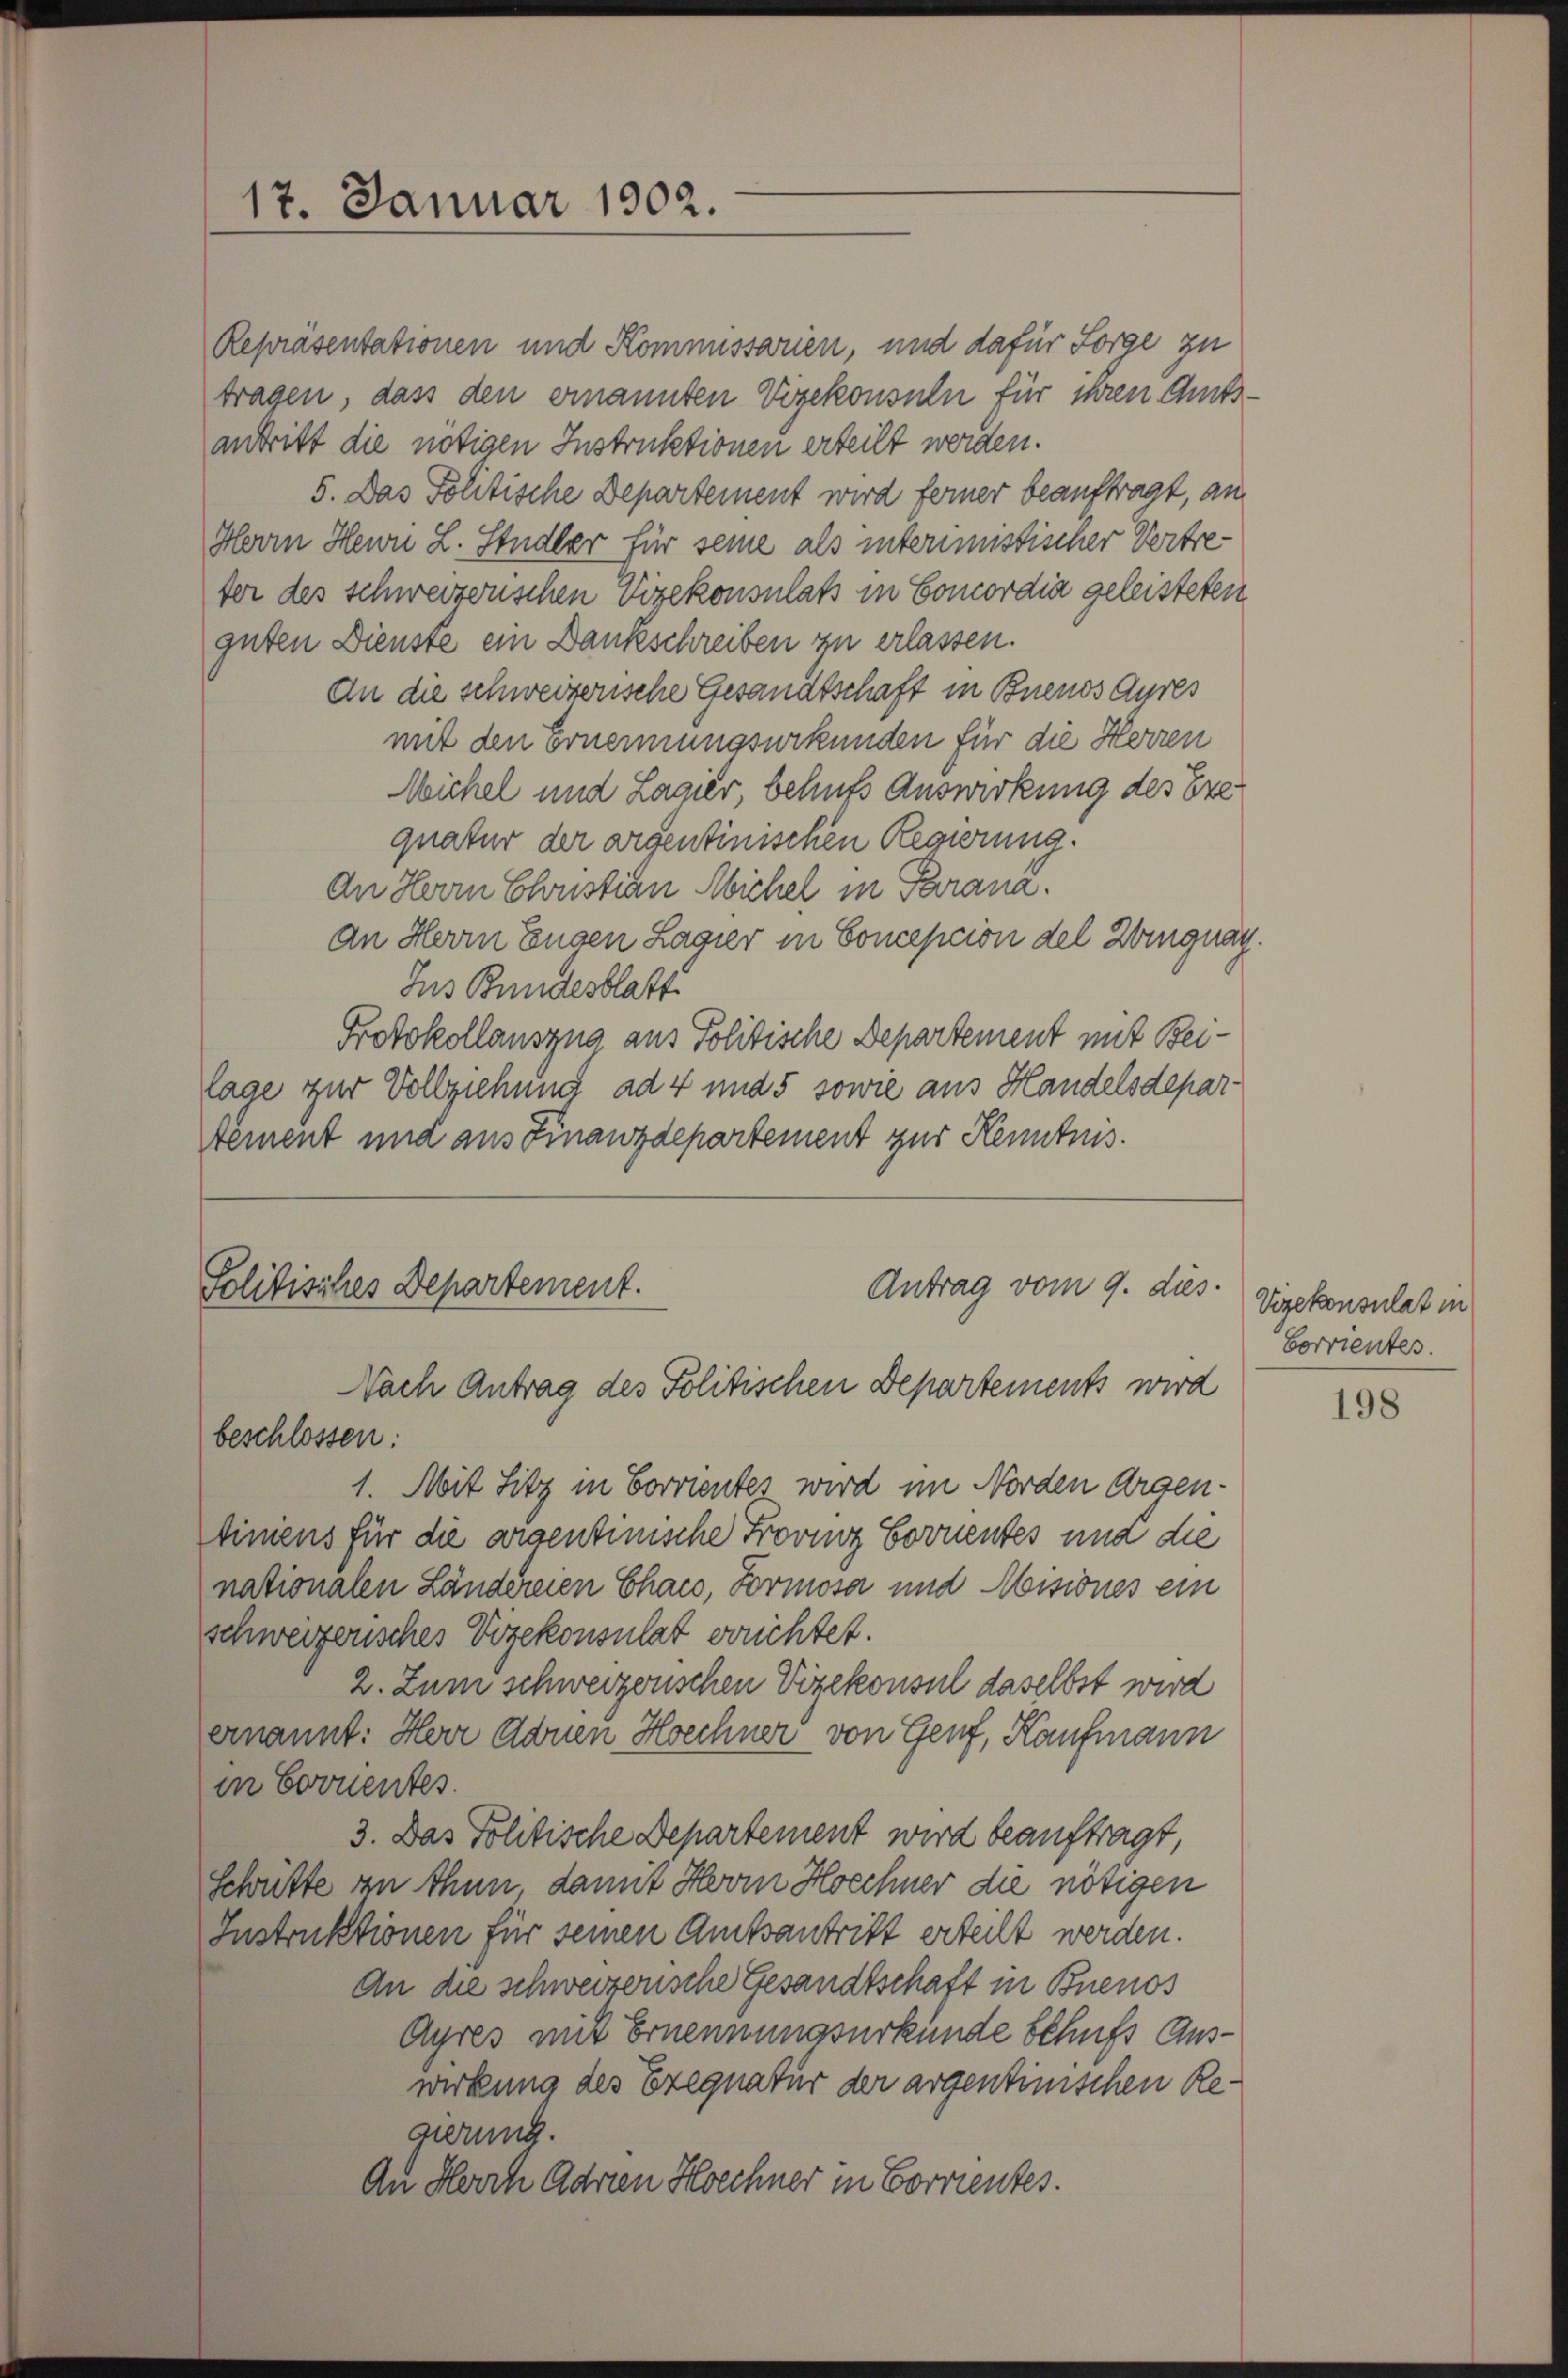
Repräsentationen und Kommissarien, und dafür Sorge zu
tragen, dass den ernannten Vizekonsuln für ihren Amtsantritt die nötigen Instruktionen erteilt werden.
5. Das Politische Departement wird ferner beauftragt, an
Herrn Hein L. Studler für seine als interimistischer Vertreter des schweizerischen Vizekonsulat in Concordia geleisteten
guten Dienste ein Dankschreiben zu erlassen.
An die schweizerische Gesandtschaft in Buenos Ayres
mit den Ernennungsurkunden für die Herren
Wichel und Lager, behufs Auswirkung des Exequatur der argentinischen Regierung.
An Herrn Christian Michel in Parana.
an Herrn Eugen Lager in Conception del Winguay
Jus Bundesblatt
Protokollauszug aus Politische Departement mit Beilage zur Vollziehung ad 4 und 5 sowie aus Handelsdepar-
tement und aus Finanzdepartement zur Kenntnis.

17. Januar 1902.

Antrag vom 9. dies
Politisches Departement.
Nach Antrag des Politischen Departements wird

beschlossen:
1. Mit Sitz in Corrientes wird im Norden Argen-
tiniens für die argentinische Frovinz Cornentes und die
nationalen Ländereien Chacs, Formosa und Misiones ein
schweizerisches Vizekonsulat errichtet.
2. Zumi schweizerischen Vizekonsul daselbst wird
ernannt: Herr Adren Hoechner von Genf, Kaufmann
in Cornentes.
3. Das Politische Departement wird beauftragt
Schütte an thun, damit Herr Hoechner die nötigen
Instruktionen für seinen Amtsantritt erteilt werden.
An die schweizerische Gesandtschaft in Buenos
Ayres mit Ernennungsurkunde behufs Auswirkung des Exequatur der argentinischen Regierung.
An Herrn Adrien Hoechner in Correntes.

Vizekonsulat in
borrientes.

198